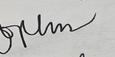
Signature authenticity: genuine